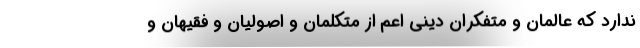
ندارد که عالمان و متفکران دینی اعم از متکلمان و اصولیان و فقیهان و